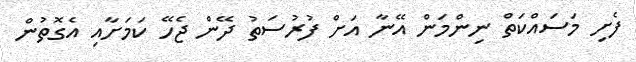
ފެށި މަސައްކަތް ނިންމަން އޭނާ އަށް ފުރުސަތު ދޭން ޖެހޭ ކަމަށާއި އެގޮތުން